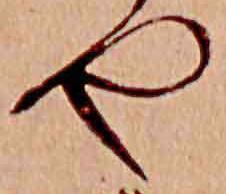
や